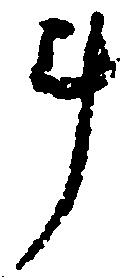
斗